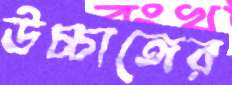
উচ্চাঙ্গের